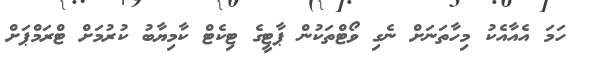
ހަމަ އެއާއެކު މިހާތަނަށް ނެގި ވޯޓްތަކުން ޕާޓީގެ ޓިކެޓް ކާމިޔާބު ކުރުމަށް ޓްރަމްޕަށް